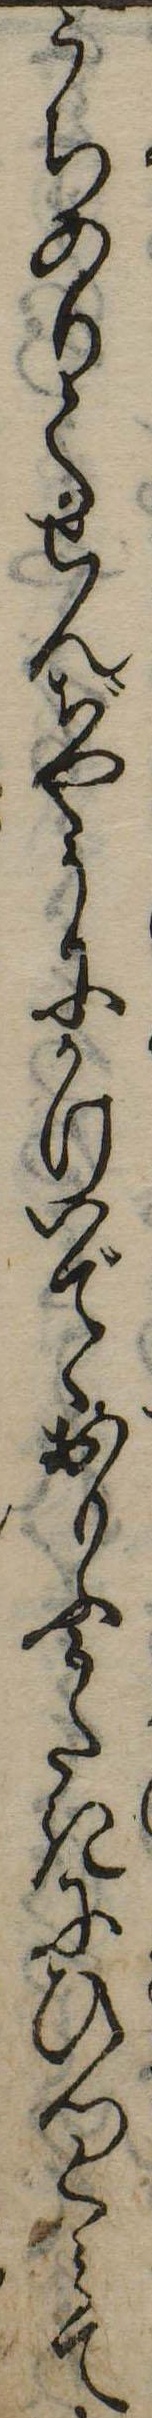
うちのりてせんぢやうにかけいでゝおもふかたきにひつくみて